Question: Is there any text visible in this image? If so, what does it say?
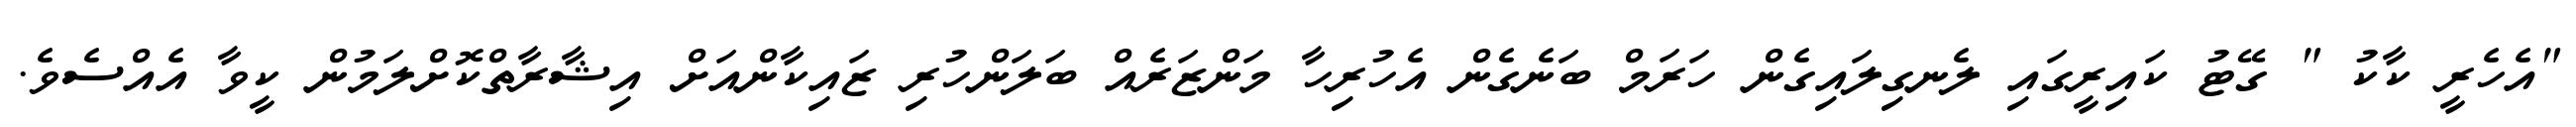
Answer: "އެހެރީ ކާކު " ގޭޓު ކައިރީގައި ލެނގިލައިގެން ހަރަމް ބަނެގެން އެހުރިހާ މަންޒަރެއް ބަލަންހުރި ޒައިކާންއަށް އިޝާރާތްކޮށްލަމުން ކީވާ އެއްސެވެ.